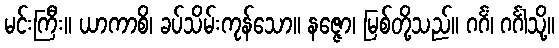
မင်းကြီး။ ယာကာစိ၊ ခပ်သိမ်းကုန်သော။ နဇ္ဇော၊ မြစ်တို့သည်။ ဂင်္ဂံ၊ ဂင်္ဂါသို့။